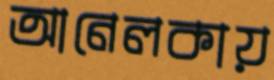
আনেলকায়